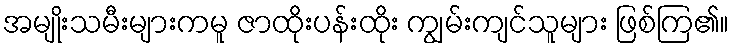
အမျိုးသမီးများကမူ ဇာထိုးပန်းထိုး ကျွမ်းကျင်သူများ ဖြစ်ကြ၏။